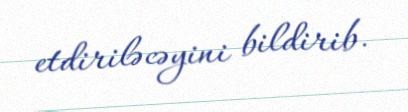
etdiriləcəyini bildirib.